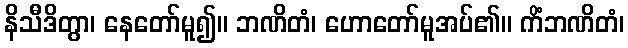
နိသီဒိတွာ၊ နေတော်မူ၍။ ဘဏိတံ၊ ဟောတော်မူအပ်၏။ ကိံဘဏိတံ၊